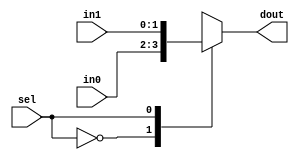
module sel2to1(in0, in1, sel, dout);
input [1:0] in0, in1;
input sel;
output [1:0] dout;

function [1:0] select;
input [1:0] in0, in1;
input sel;
    case (sel)
        1'b0:   select = in0;
        1'b1:   select = in1;
        default:select = 1'bx;
    endcase
endfunction

assign dout = select(in0, in1, sel);

endmodule